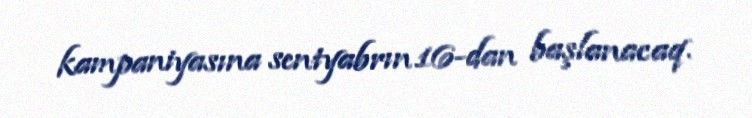
kampaniyasına sentyabrın 16-dan başlanacaq.